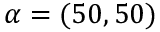
\alpha = ( 5 0 , 5 0 )